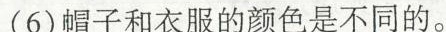
(6)帽子和衣服的颜色是不同的。